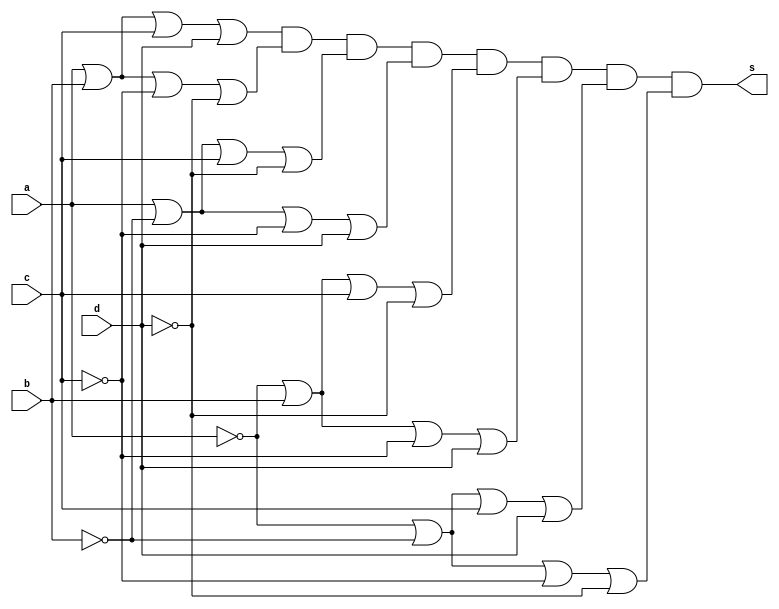
 // -------------------------------
// Prova 01_d 
// Nome: Ludmily Caldeira da Silva
// --------------------------------

module s0 (s, a, b, c, d);

output s;
input a, b, c, d;
wire temp[0:7];

or OR1 (temp[0], a, b, c, d);
or OR2 (temp[1], a, b, ~c, ~d);
or OR3 (temp[2], a, ~b, c, ~d);
or OR4 (temp[3], a, ~b, ~c, d);
or OR5 (temp[4], ~a, b, c, ~d);
or OR6 (temp[5], ~a, b, ~c, d);
or OR7 (temp[6], ~a, ~b, c, d);
or OR8 (temp[7], ~a, ~b, ~c, ~d);
and AND1 (s, temp[0], temp[1], temp[2], temp[3], temp[4], temp[5], temp[6], temp[7]);

endmodule //

module tests0;  

wire s;
reg a, b, c, d;

s0 s0 (s, a, b, c, d);

 initial begin
      $display("\Prova 01_d - Ludmily Caldeira da Silva - 417290\n");
      $display("TESTE\n");
      $display("\na   b   c    d    s0\n");
      $monitor("%b   %b   %b    %b    %b", a, b, c, d, s);
		
		  a=0; b=0; c=0; d=0;
    #1  a=0; b=0; c=0; d=1;
    #1  a=0; b=0; c=1; d=0;
    #1  a=0; b=0; c=1; d=1;
	 #1  a=0; b=1; c=0; d=0;
    #1  a=0; b=1; c=0; d=1;
    #1  a=0; b=1; c=1; d=0;
    #1  a=0; b=1; c=1; d=1;
    #1  a=1; b=0; c=0; d=0;
    #1  a=1; b=0; c=0; d=1;
    #1  a=1; b=0; c=1; d=0;
	 #1  a=1; b=0; c=1; d=1;
    #1  a=1; b=1; c=0; d=0;
    #1  a=1; b=1; c=0; d=1;
    #1  a=1; b=1; c=1; d=0;
    #1  a=1; b=1; c=1; d=1;  
	    		  
    end
 
endmodule //

/*

RESULTADOS OBTIDOS

    Prova 01_d - Ludmily Caldeira da Silva - 417290
    
    TESTE
    
    
    a   b   c    d    s0
    
    0   0   0    0    0
    0   0   0    1    1
    0   0   1    0    1
    0   0   1    1    0
    0   1   0    0    1
    0   1   0    1    0
    0   1   1    0    0
    0   1   1    1    1
    1   0   0    0    1
    1   0   0    1    0
    1   0   1    0    0
    1   0   1    1    1
    1   1   0    0    0
    1   1   0    1    1
    1   1   1    0    1
    1   1   1    1    0 

*/